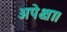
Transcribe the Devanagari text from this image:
अपेक्षा।